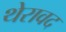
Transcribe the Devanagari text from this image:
थेरावद